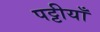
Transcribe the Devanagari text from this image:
पट्टीयाँ